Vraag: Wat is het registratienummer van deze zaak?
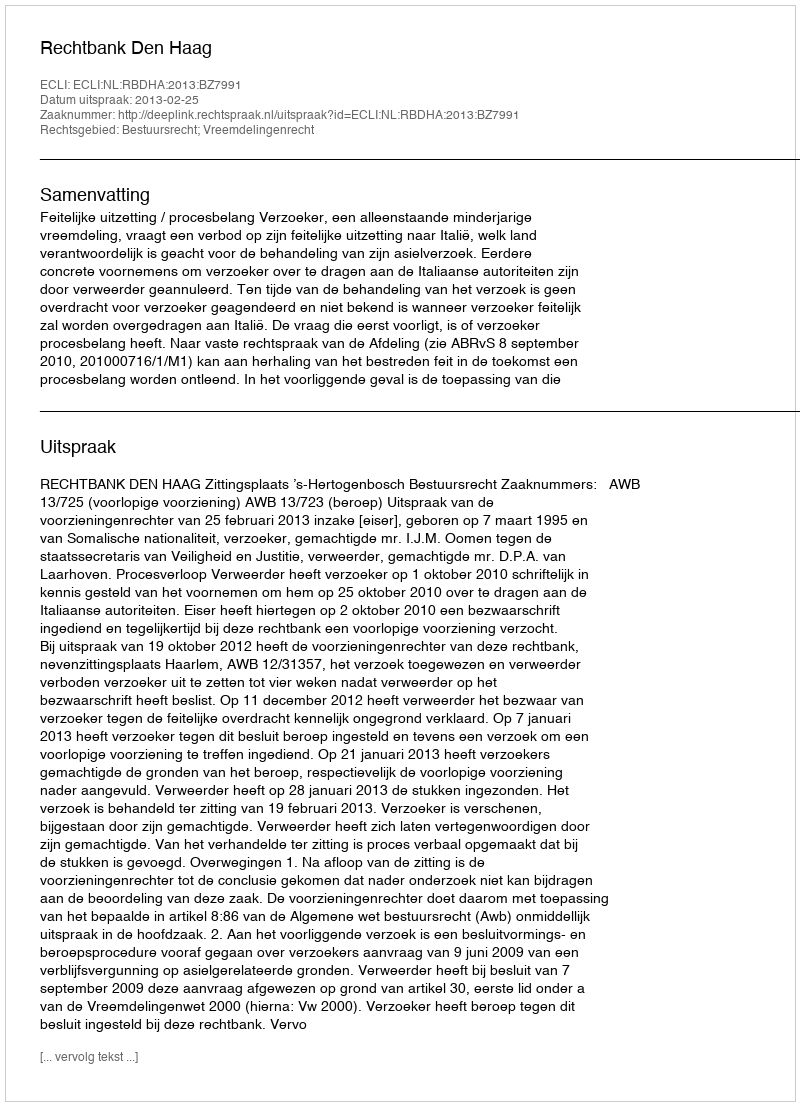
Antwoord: http://deeplink.rechtspraak.nl/uitspraak?id=ECLI:NL:RBDHA:2013:BZ7991